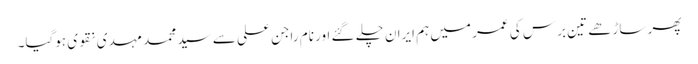
پھر ساڑھے تین برس کی عمر میں ہم ایران چلے گئے اور نام راجن علی سے سید محمد مہدی نقوی ہوگیا۔